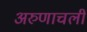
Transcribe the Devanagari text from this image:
अरुणाचली